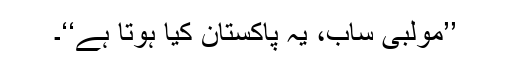
’’مولبی ساب، یہ پاکستان کیا ہوتا ہے‘‘۔